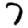
Digit: 7